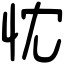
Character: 忱